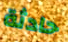
حادثة